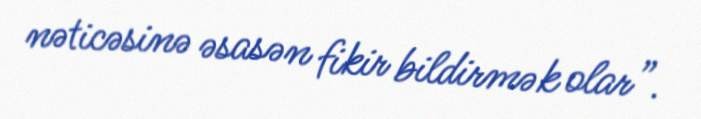
nəticəsinə əsasən fikir bildirmək olar”.